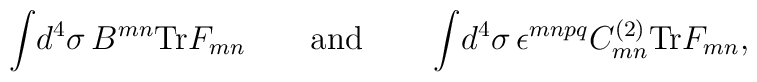
\int \!d^4\sigma \,B^{mn}{\rm Tr}F_{mn}  \quad\quad {\rm and} \quad\quad\int \!d^4\sigma \, \epsilon^{mnpq}C^{(2)}_{mn}{\rm Tr}F_{mn},